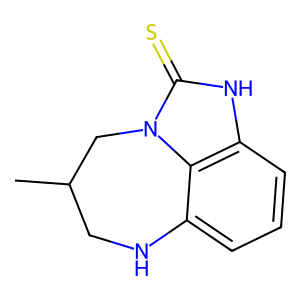
SMILES: CC1CNc2cccc3[nH]c(=S)n(c23)C1
Inhibits HIV replication: No